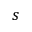
^ { s }